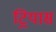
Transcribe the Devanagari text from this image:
ट्रियास